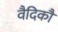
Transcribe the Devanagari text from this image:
वैदिकौं